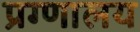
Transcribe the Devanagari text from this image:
प्रग्णालय